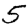
Digit: 5